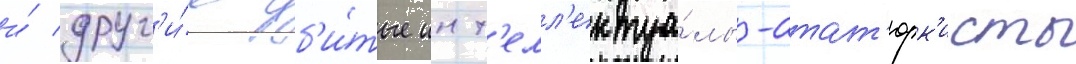
и́ друг'и́е уб'и́тые инт'елл'ектуа́лы-атат'юрк'исты